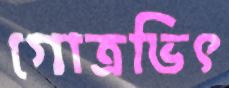
গোত্রভিৎ